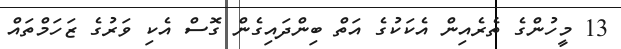
13 މީހުންގެ ތެރެއިން އެކަކުގެ އަތް ބިންދައިގެން ގޮސް އެކި ވަރުގެ ޒަހަމްތައް